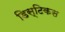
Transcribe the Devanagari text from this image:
डिस्टिकस